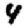
Digit: 4